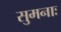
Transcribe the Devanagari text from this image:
सुमनाः